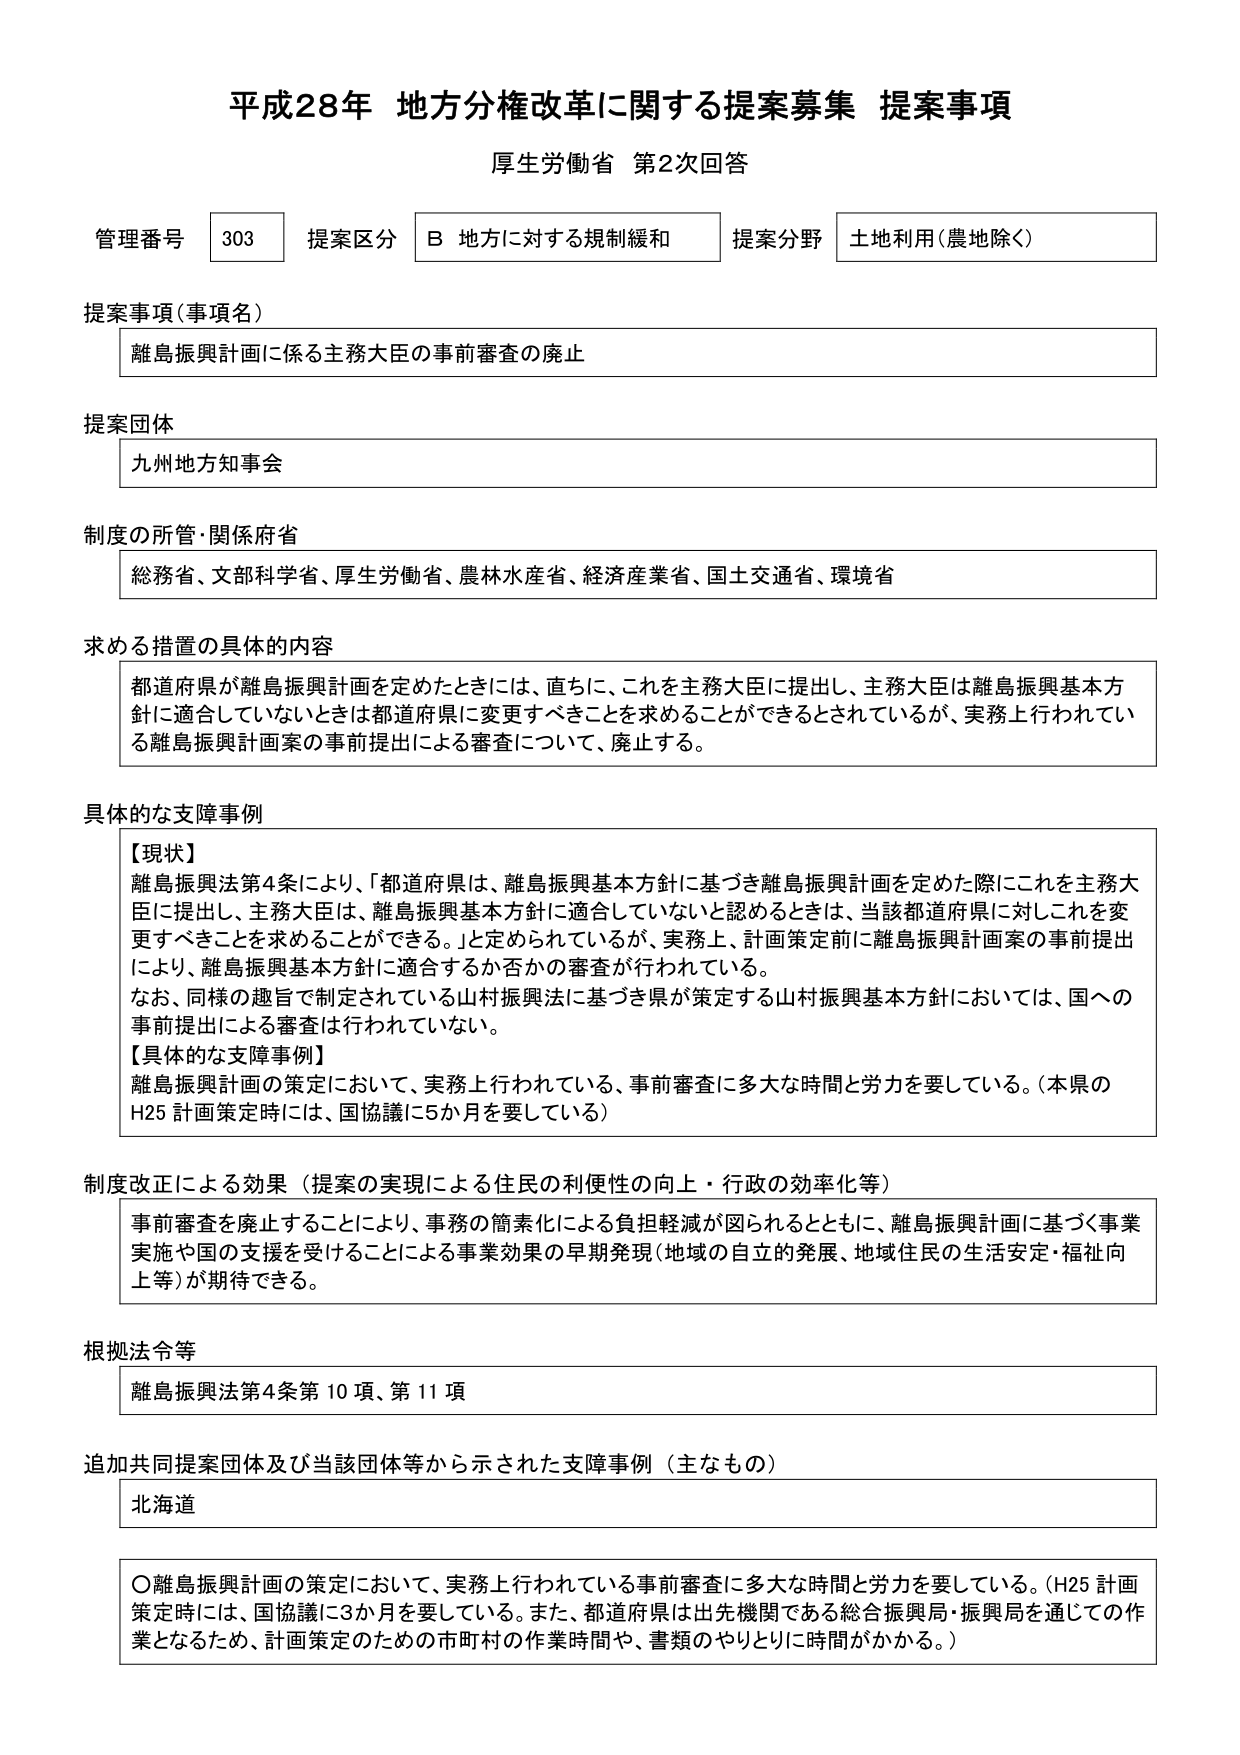
平成28年 地方分権改革に関する提案募集 提案事項
厚生労働省 第2次回答

管理番号 303 提案区分 B 地方に対する規制緩和 提案分野 土地利用（農地除く）

提案事項（事項名）
離島振興計画に係る主務大臣の事前審査の廃止

提案団体
九州地方知事会

制度の所管・関係府省
総務省、文部科学省、厚生労働省、農林水産省、経済産業省、国土交通省、環境省

求める措置の具体的内容
都道府県が離島振興計画を定めたときには、直ちに、これを主務大臣に提出し、主務大臣は離島振興基本方針に適合していないときは都道府県に変更すべきことを求めることができるとしているが、実務上行われている離島振興計画案の事前提出による審査について、廃止する。

具体的な支障事例
【現状】
離島振興法第4条により、「都道府県は、離島振興基本方針に基づき離島振興計画を定めた際にこれを主務大臣に提出し、主務大臣は、離島振興基本方針に適合していないと認めるときは、当該都道府県に対しこれを変更すべきことを求めることができる。」と定められているが、実務上、計画策定前に離島振興計画案の事前提出により、離島振興基本方針に適合するか否かの審査が行われている。
なお、同様の趣旨で制定されている山村振興法に基づき県が策定する山村振興基本方針においては、国への事前提出による審査は行われていない。
【具体的な支障事例】
離島振興計画の策定において、実務上行われている、事前審査に多大な時間と労力を要している。（本県のH25 計画策定時には、国協議に5か月を要している）

制度改正による効果（提案の実現による住民の利便性の向上・行政の効率化等）
事前審査を廃止することにより、事務の簡素化による負担軽減が図れるとともに、離島振興計画に基づく事業実施や国の支援を受けることによる事業効果の早期発現（地域の自立的発展、地域住民の生活安定・福祉向上等）が期待できる。

根拠法令等
離島振興法第4条第10項、第11項

追加共同提案団体及び当該団体等から示された支障事例（主なもの）
北海道

〇離島振興計画の策定において、実務上行われている事前審査に多大な時間と労力を要している。（H25 計画策定時には、国協議に3か月を要している。また、都道府県は出先機関である総合振興局・振興局を通じての作業となるため、計画策定のための市町村の作業時間や、書類のやりとりに時間がかかる。）